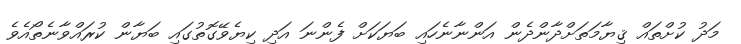
މަދު ކުށްތައް ޤިޔާމަތަށްދާންދެން އަންނާނެހައި ބަޔަކަށް ފެންނަ އަދި ކިޔެވޭގޮތުގައި ބަޔާން ކުރައްވާނެތޯއެވެ